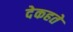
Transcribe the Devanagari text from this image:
देकहते